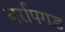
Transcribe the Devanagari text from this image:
यर्रापगड